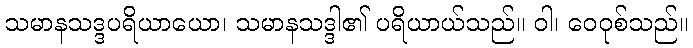
သမာနသဒ္ဒပရိယာယော၊ သမာနသဒ္ဒါ၏ ပရိယာယ်သည်။ ဝါ၊ ဝေဝုစ်သည်။